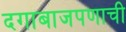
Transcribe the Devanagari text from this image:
दगाबाजपणाची